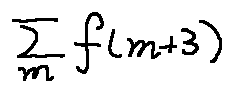
\sum \limits _ { m } f ( m + 3 )